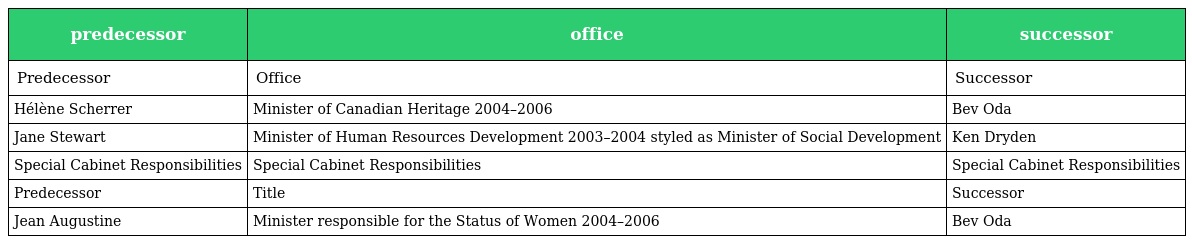
| predecessor | office | successor |
 | --- | --- | --- |
 | Predecessor | Office | Successor |
 | Hélène Scherrer | Minister of Canadian Heritage 2004–2006 | Bev Oda |
 | Jane Stewart | Minister of Human Resources Development 2003–2004 styled as Minister of Social Development | Ken Dryden |
 | Special Cabinet Responsibilities | Special Cabinet Responsibilities | Special Cabinet Responsibilities |
 | Predecessor | Title | Successor |
 | Jean Augustine | Minister responsible for the Status of Women 2004–2006 | Bev Oda |